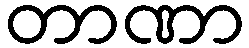
တာဏာ